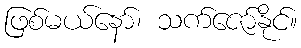
ဖြစ်မယ်နော်၊ သက်ဇော်နိုင်။